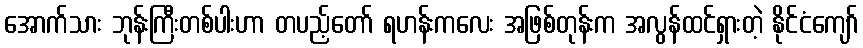
အောက်သား ဘုန်းကြီးတစ်ပါးဟာ တပည့်တော် ရဟန်းကလေး အဖြစ်တုန်းက အလွန်ထင်ရှားတဲ့ နိုင်ငံကျော်